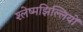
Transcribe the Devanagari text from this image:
श्लेष्मझिल्लियों